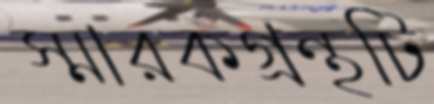
স্মারকগ্রন্থটি